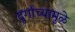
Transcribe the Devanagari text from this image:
दुर्गांच्यामुळे